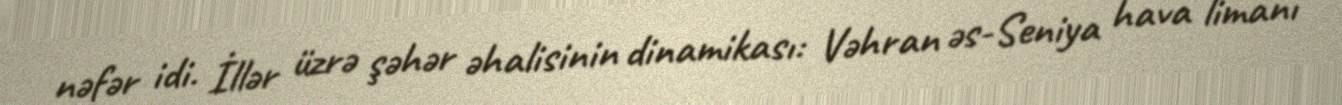
nəfər idi. İllər üzrə şəhər əhalisinin dinamikası: Vəhran əs-Seniya hava limanı